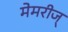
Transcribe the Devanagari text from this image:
मेमरीज्